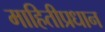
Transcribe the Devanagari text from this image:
माहितीप्रधान